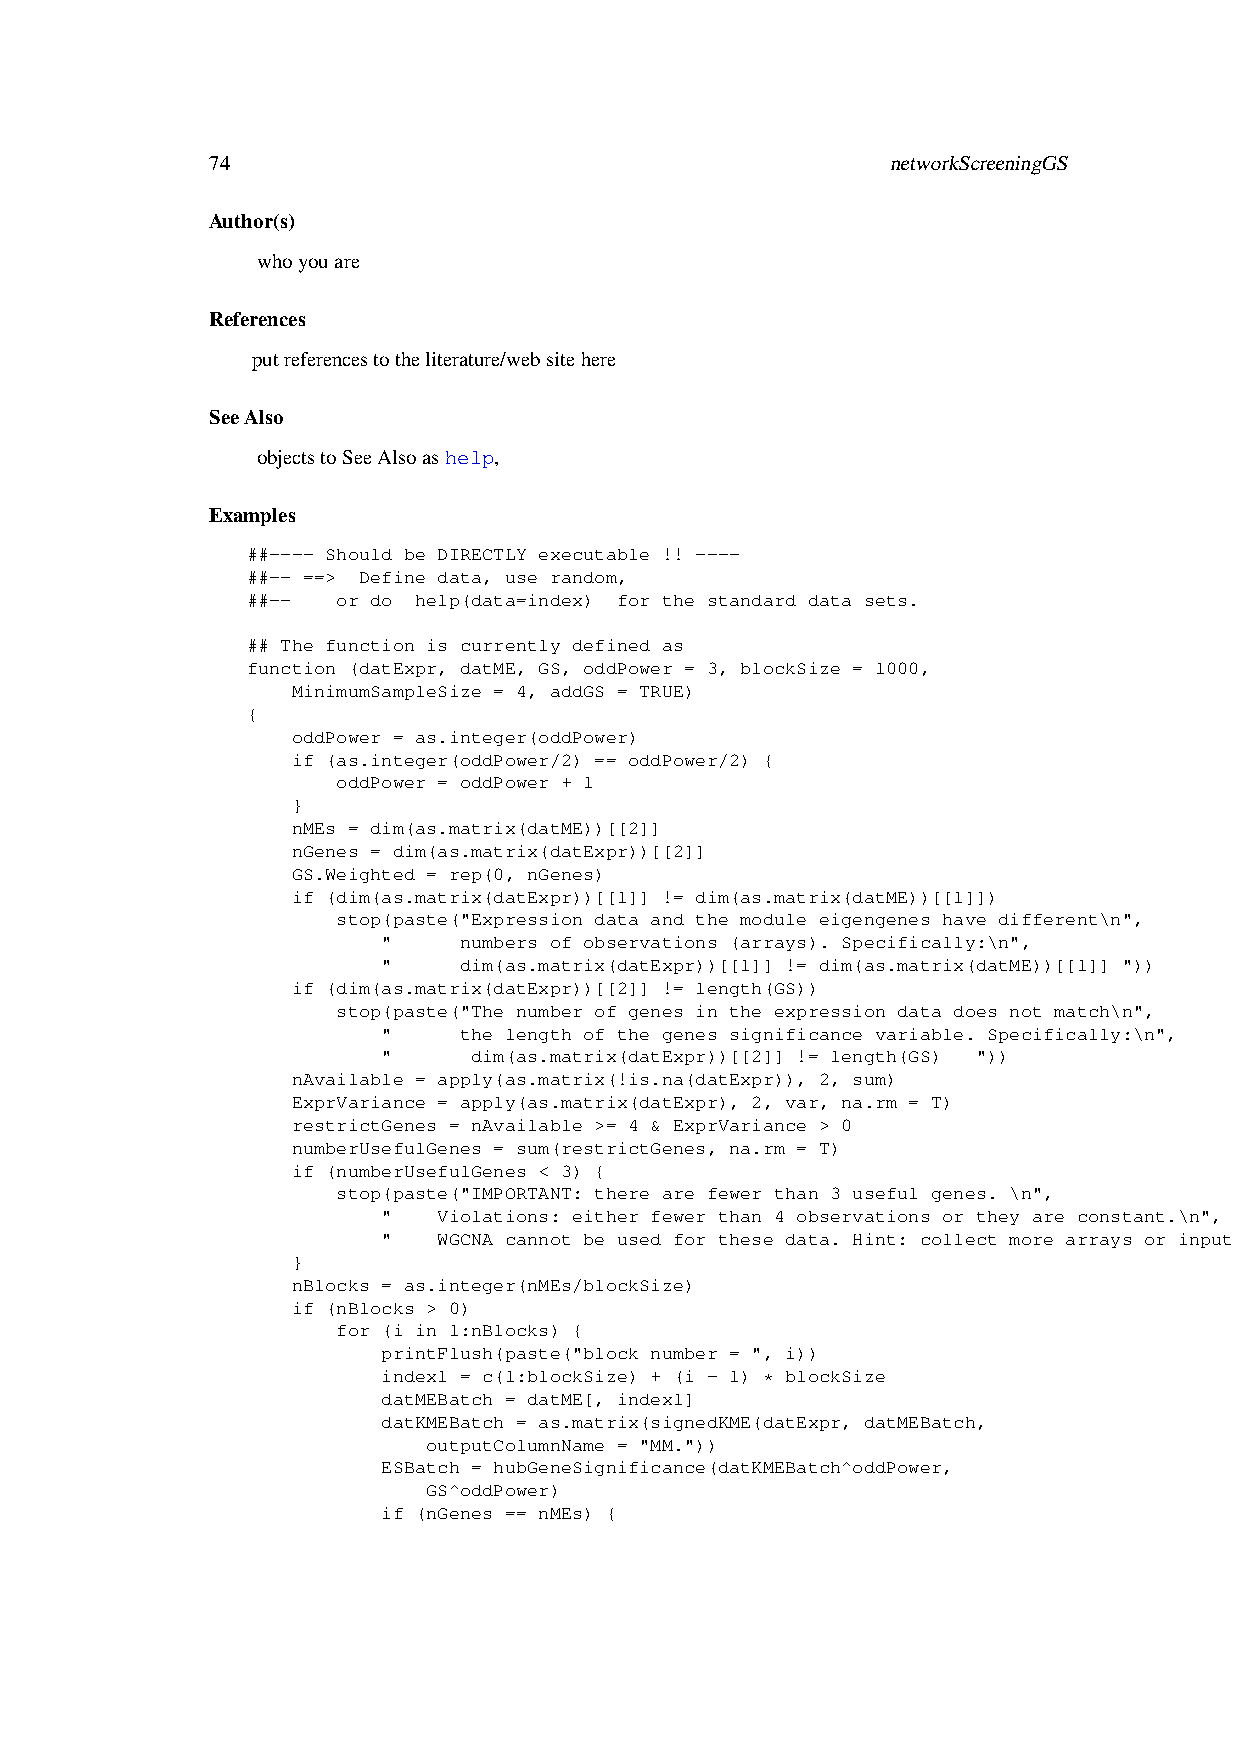
74                                           networkScreeningGS
 Author(s)
 whoyouare
 References
 putreferencestotheliterature/websitehere
 SeeAlso
 objectstoSeeAlsoashelp,
 Examples
 ##---- Should be DIRECTLY executable !! ----
 ##-- ==> Define data, use random,
 ##--  or do help(data=index) for the standard data sets.
 ## The function is currently defined as
 function (datExpr, datME, GS, oddPower = 3, blockSize = 1000,
 MinimumSampleSize = 4, addGS = TRUE)
 {
 oddPower = as.integer(oddPower)
 if (as.integer(oddPower/2) == oddPower/2) {
 oddPower = oddPower + 1
 }
 nMEs = dim(as.matrix(datME))[[2]]
 nGenes = dim(as.matrix(datExpr))[[2]]
 GS.Weighted = rep(0, nGenes)
 if (dim(as.matrix(datExpr))[[1]] != dim(as.matrix(datME))[[1]])
 stop(paste("Expression data and the module eigengenes have different\n",
 "    numbers of observations (arrays). Specifically:\n",
 "    dim(as.matrix(datExpr))[[1]] != dim(as.matrix(datME))[[1]] "))
 if (dim(as.matrix(datExpr))[[2]] != length(GS))
 stop(paste("The number of genes in the expression data does not match\n",
 "    the length of the genes significance variable. Specifically:\n",
 "     dim(as.matrix(datExpr))[[2]] != length(GS) "))
 nAvailable = apply(as.matrix(!is.na(datExpr)), 2, sum)
 ExprVariance = apply(as.matrix(datExpr), 2, var, na.rm = T)
 restrictGenes = nAvailable >= 4 & ExprVariance > 0
 numberUsefulGenes = sum(restrictGenes, na.rm = T)
 if (numberUsefulGenes < 3) {
 stop(paste("IMPORTANT: there are fewer than 3 useful genes. \n",
 "   Violations: either fewer than 4 observations or they are constant.\n",
 "   WGCNA cannot be used for these data. Hint: collect more arrays or input genes that vary."))
 }
 nBlocks = as.integer(nMEs/blockSize)
 if (nBlocks > 0)
 for (i in 1:nBlocks) {
 printFlush(paste("block number = ", i))
 index1 = c(1:blockSize) + (i - 1) * blockSize
 datMEBatch = datME[, index1]
 datKMEBatch = as.matrix(signedKME(datExpr, datMEBatch,
 outputColumnName = "MM."))
 ESBatch = hubGeneSignificance(datKMEBatch^oddPower,
 GS^oddPower)
 if (nGenes == nMEs) {